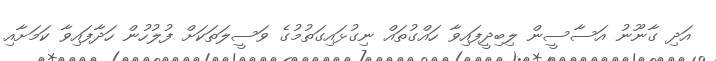
އަދި ގާނޫނު އަސާސީން ލިބިދީފައިވާ ހައްގުތައް ނިގުޅައިގަތުމުގެ ވަސީލަތަކަށް ފުލުހުން ހަދާފައިވާ ކަމަށާއި